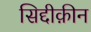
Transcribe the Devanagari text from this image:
सिद्दीक़ीन